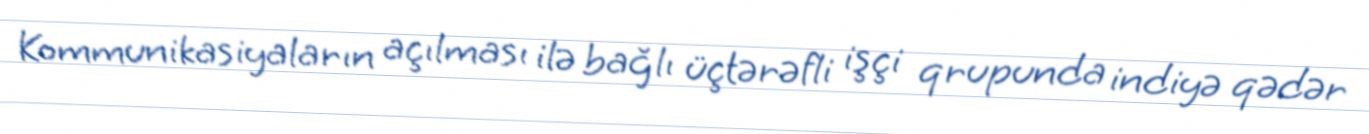
Kommunikasiyaların açılması ilə bağlı üçtərəfli işçi qrupunda indiyə qədər